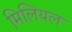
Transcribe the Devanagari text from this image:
मिलियल